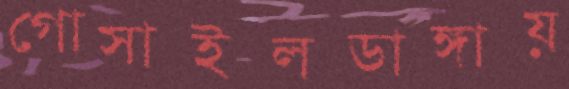
গোসাইলডাঙ্গায়